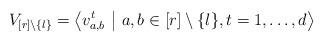
LaTeX: \begin{align*} V_{[r] \setminus \{ l \}} = \left< v_{a,b}^t \ \middle| \ a,b \in [r] \setminus \{ l \}, t = 1, \dots, d \right>\end{align*}